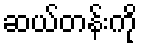
ဆယ်တန်းကို